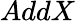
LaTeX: AddX